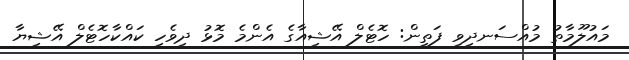
މައުލޫމާތު މުއްސަނދިވި ފަތީން: ހޮޓެލް އޭޝިއާގެ އެންމެ މޮޅު ދިވެހި ކައްކާހޮޓެލް އޭޝިޔާ